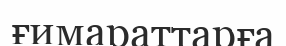
ғимараттарға